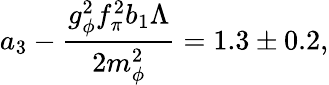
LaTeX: a_{3}-{\frac{g_{\phi}^{2}f_{\pi}^{2}b_{1}\Lambda}{2m_{\phi}^{2}}}=1.3\pm 0.2,